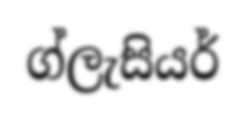
ග්ලැසියර්